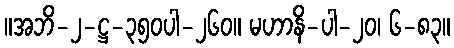
။အဘိ-၂-ဋ္ဌ-၃၅၀ပါ-၂၆၀။ မဟာနိ-ပါ-၂၀၊ ၆-၈၃။